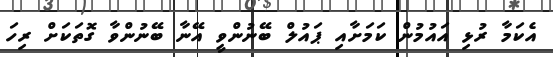
އެކަމާ ރުޅި އައުމުން ކަމަށާއި ޕައުލް ބޭނުންވީ އޭނާ ބޭނުންވާ ގޮތަކަށް ރިހަ